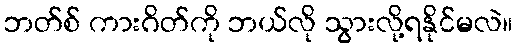
ဘတ်စ် ကားဂိတ်ကို ဘယ်လို သွားလို့ရနိုင်မလဲ။